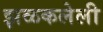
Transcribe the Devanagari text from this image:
झळकलेली